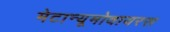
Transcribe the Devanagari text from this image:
मेटान्यूमोवायरस